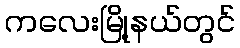
ကလေးမြို့နယ်တွင်